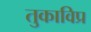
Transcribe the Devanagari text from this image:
तुकाविप्र